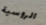
الروسية